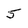
Character: 5